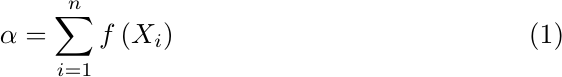
\begin{equation}
\label{eq:total_add_pass_matching}
\alpha = \sum_{i=1}^{n} f\left(X_i\right)
\end{equation}